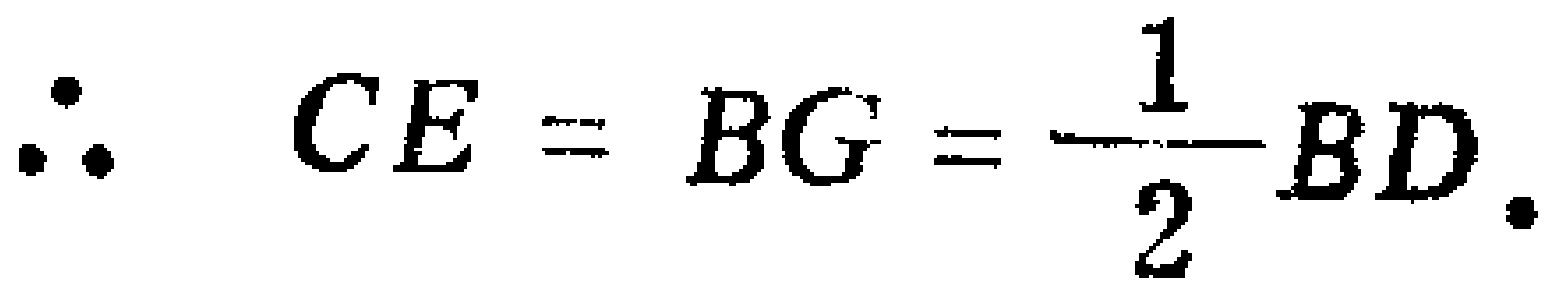
\(\therefore CE = BG = \dfrac{1}{2}BD.\)